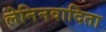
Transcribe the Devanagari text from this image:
लेनिनवादिता